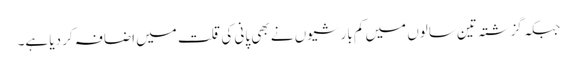
جبکہ گزشتہ تین سالوں میں کم بارشیوں نے بھی پانی کی قلت میں اضافہ کر دیا ہے۔